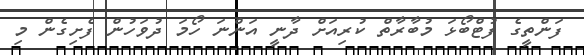
ފަންތީގެ ފުޓްބޯޅަ މުބާރާތް ކުރިއަށް ދާނީ އަންނަ ހޯމަ ދުވަހުން ފެށިގެން މި